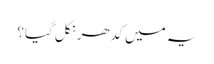
یہ میں کدھر نکل گیا؟